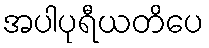
အပါပုရီယတိပေ